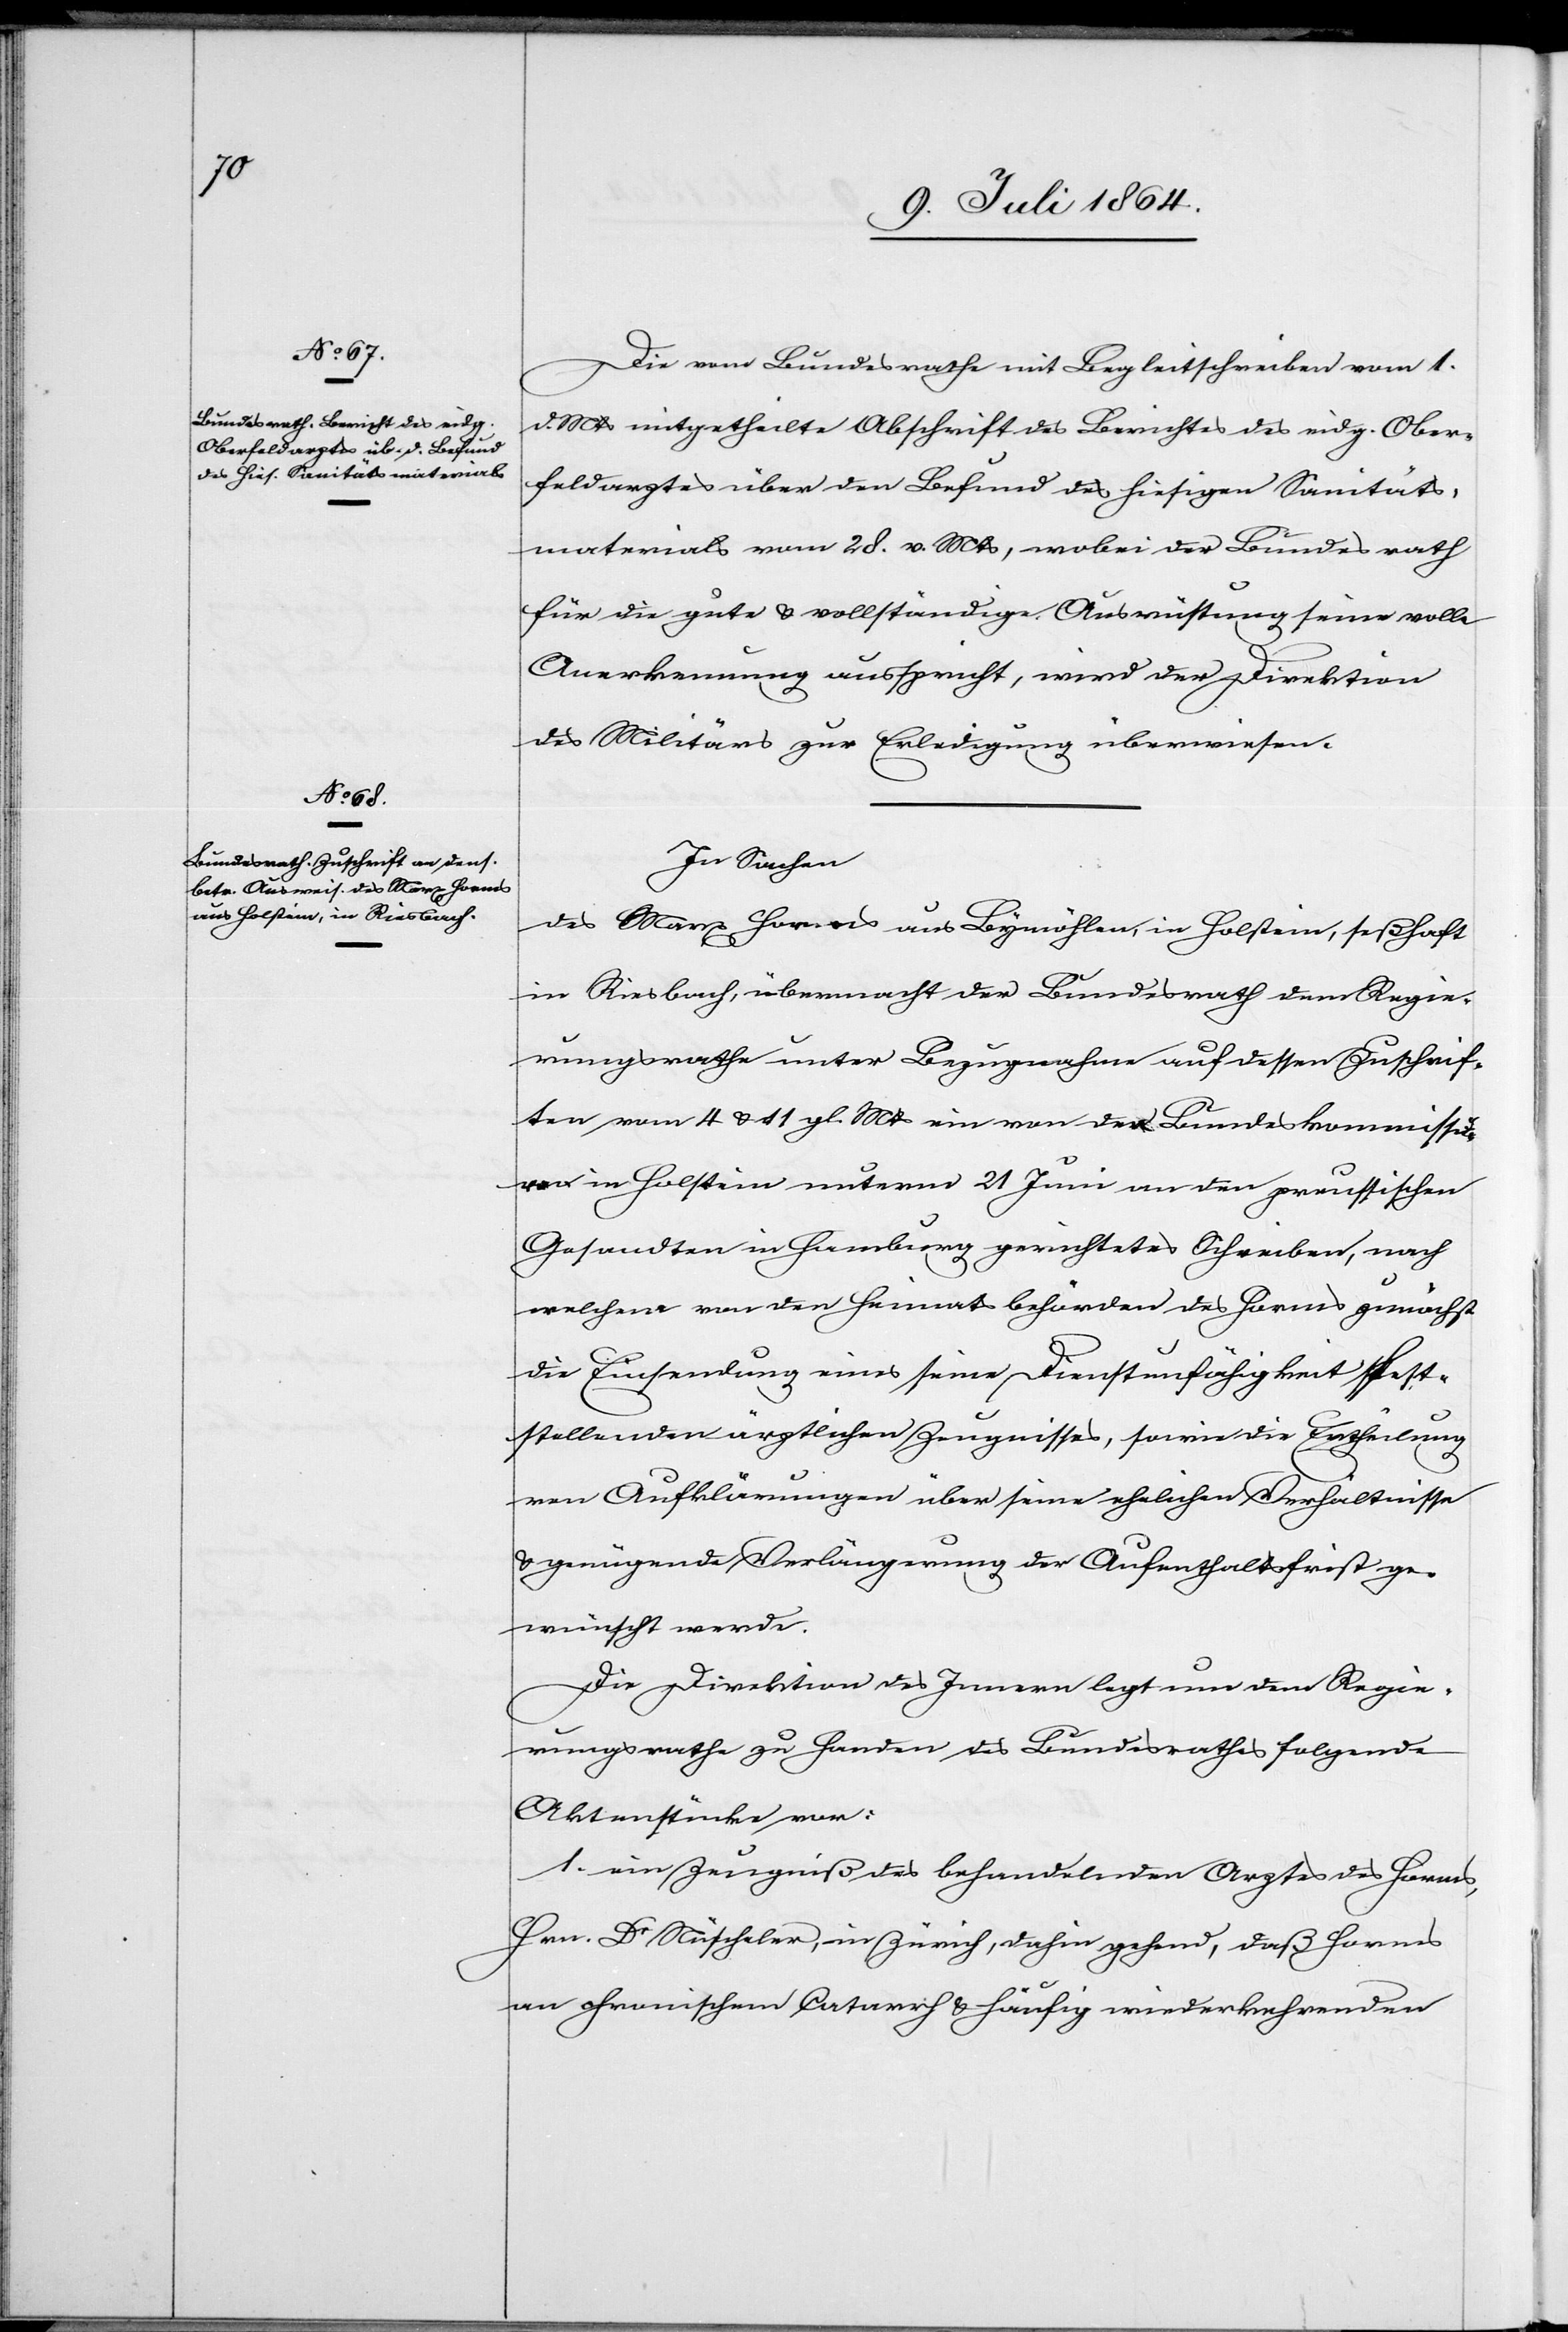
Die vom Bundesrathe mit Begleitschreiben vom 1.
d. Mts. mitgetheilte Abschrift des Berichtes des eidg. Ober¬
feldarztes über den Befund des hiesigen Sanitäts¬
materials vom 28. v. Mts., wobei der Bundesrath
für die gute u. vollständige Ausrüstung seine volle
Anerkennung ausspricht, wird der Direktion
des Militärs zur Erledigung überwiesen.
In Sachen
des Marx Horms aus Bymöhlen, in Holstein, seßhaft
in Riesbach, übermacht der Bundesrath dem Regie¬
rungsrathe unter Bezugnahme auf dessen Zuschrif¬
ten vom 4 u. 11 gl. Mts. ein von den [?Bundeskommissa¬
rn] in Holstein unterm 21 Juni an den preussischen
Gesandten in Hamburg gerichtetes Schreiben, nach
welchem von den Heimatsbehörden des Horms zunächst
die Einsendung eines seine Dienstunfähigkeit fest¬
stellenden ärztlichen Zeugnisses, sowie die Ertheilung
von Aufklärungen über seine ehelichen Verhältnisse
u. genügende Verlängerung der Aufenthaltsfrist ge¬
wünscht werde.
Die Direktion des Innern legt nun dem Regie¬
rungsrathe zu Handen des Bundesrathes folgende
Aktenstücke vor:
1. ein Zeugniß des behandelnden Arztes des Horms,
Hrn. Dr Nüscheler, in Zürich, dahin gehend, daß Horms
an chronischem Catarrh u. häufig wiederkehrenden